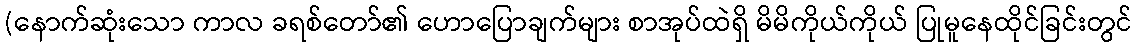
(နောက်ဆုံးသော ကာလ ခရစ်တော်၏ ဟောပြောချက်များ စာအုပ်ထဲရှိ မိမိကိုယ်ကိုယ် ပြုမူနေထိုင်ခြင်းတွင်